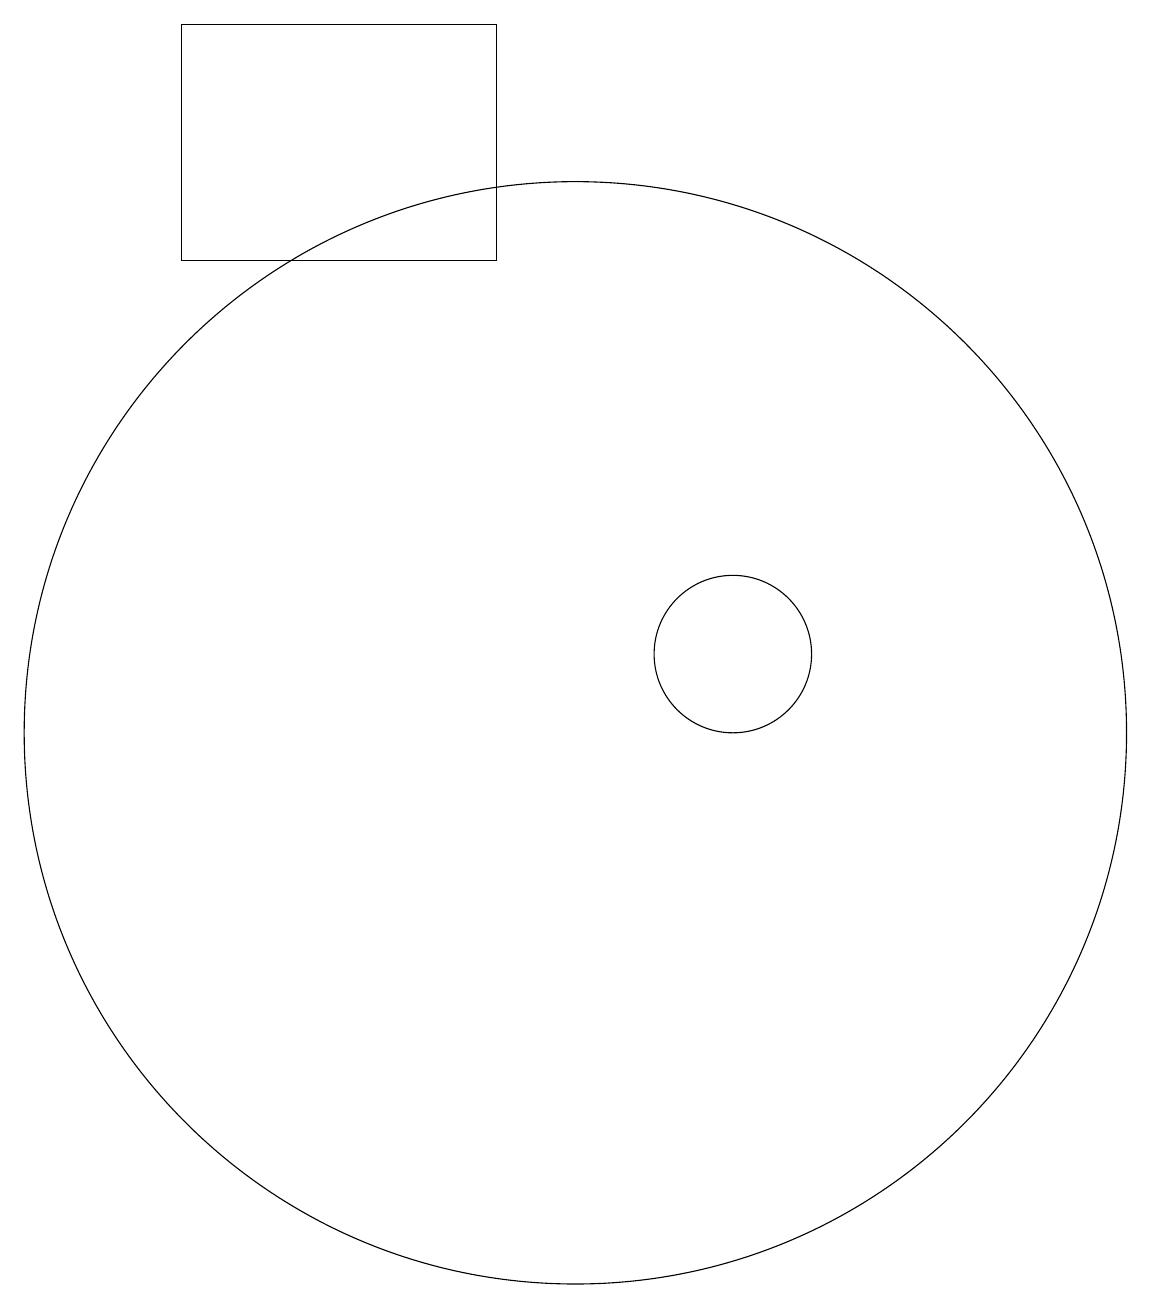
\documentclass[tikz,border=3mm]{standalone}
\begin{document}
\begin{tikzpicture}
\draw (5,16) rectangle (9,19);
\draw (11,11) circle (0);
\draw (12,11) circle (1);
\draw (10,10) circle (7);
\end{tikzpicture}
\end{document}